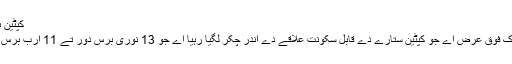
کپٹین بی [لکھو]
کپٹین b اک فوق عرض اے جو کپٹین ستارے دے قابل سکونت علاقے دے اندر چکر لگیا رہیا اے جو 13 نوری برس دور تے 11 ارب برس پرانا ا‏‏ے۔